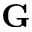
\textbf G